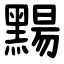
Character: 䵮